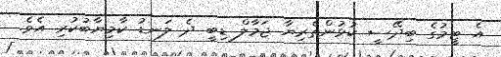
އެ ޓީމުގެ ބިދޭސީ ކުޅުންތެރިޔާ ޖަމާލް ޑިބީ ދެ ލަނޑު ކާމިޔާބުކުރި އެވެ.